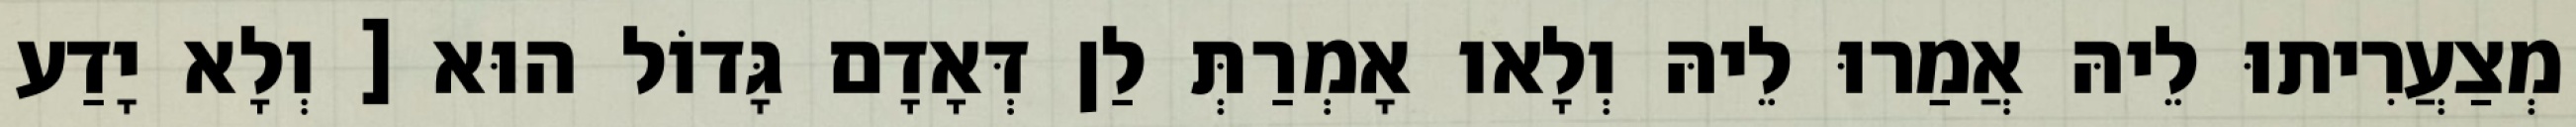
מְצַעֲרִיתוּ לֵיהּ אֲמַרוּ לֵיהּ וְלָאו אָמְרַתְּ לַן דְּאָדָם גָּדוֹל הוּא [ וְלָא יָדַע